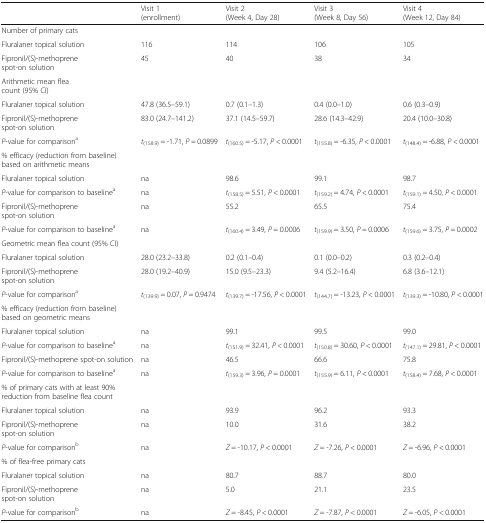
<table><thead><tr><td></td><td><b>Visit 1(enrollment)</b></td><td><b>Visit 2(Week 4, Day 28)</b></td><td><b>Visit 3(Week 8, Day 56)</b></td><td><b>Visit 4(Week 12, Day 84)</b></td></tr></thead><tbody><tr><td colspan="5">Number of primary cats</td></tr><tr><td>Fluralaner topical solution</td><td>116</td><td>114</td><td>106</td><td>105</td></tr><tr><td>Fipronil/(S)-methoprene spot-on solution</td><td>45</td><td>40</td><td>38</td><td>34</td></tr><tr><td colspan="5">Arithmetic mean flea count (95% CI)</td></tr><tr><td>Fluralaner topical solution</td><td>47.8 (36.5–59.1)</td><td>0.7 (0.1–1.3)</td><td>0.4 (0.0–1.0)</td><td>0.6 (0.3–0.9)</td></tr><tr><td>Fipronil/(S)-methoprene spot-on solution</td><td>83.0 (24.7–141.2)</td><td>37.1 (14.5–59.7)</td><td>28.6 (14.3–42.9)</td><td>20.4 (10.0–30.8)</td></tr><tr><td><i>P</i>-value for comparison<sup>a</sup></td><td><i>t</i><sub>(158.9)</sub> = -1.71, <i>P</i> = 0.0899</td><td><i>t</i><sub>(160.5)</sub> = -5.17, <i>P</i> &lt; 0.0001</td><td><i>t</i><sub>(155.8)</sub> = -6.35, <i>P</i> &lt; 0.0001</td><td><i>t</i><sub>(148.4)</sub> = -6.88, <i>P</i> &lt; 0.0001</td></tr><tr><td colspan="5">% efficacy (reduction from baseline) based on arithmetic means</td></tr><tr><td>Fluralaner topical solution</td><td>na</td><td>98.6</td><td>99.1</td><td>98.7</td></tr><tr><td><i>P-</i>value for comparison to baseline<sup>a</sup></td><td>na</td><td><i>t</i><sub>(158.5)</sub> = 5.51, <i>P</i> &lt; 0.0001</td><td><i>t</i><sub>(159.2)</sub> = 4.74, <i>P</i> &lt; 0.0001</td><td><i>t</i><sub>(159.1)</sub> = 4.50, <i>P</i> &lt; 0.0001</td></tr><tr><td>Fipronil/(S)-methoprene spot-on solution</td><td>na</td><td>55.2</td><td>65.5</td><td>75.4</td></tr><tr><td><i>P</i>-value for comparison to baseline<sup>a</sup></td><td>na</td><td><i>t</i><sub>(160.4)</sub> = 3.49, <i>P</i> = 0.0006</td><td><i>t</i><sub>(159.9)</sub> = 3.50, <i>P</i> = 0.0006</td><td><i>t</i><sub>(159.6)</sub> = 3.75, <i>P</i> = 0.0002</td></tr><tr><td colspan="5">Geometric mean flea count (95% CI)</td></tr><tr><td>Fluralaner topical solution</td><td>28.0 (23.2–33.8)</td><td>0.2 (0.1–0.4)</td><td>0.1 (0.0–0.2)</td><td>0.3 (0.2–0.4)</td></tr><tr><td>Fipronil/(S)-methoprene spot-on solution</td><td>28.0 (19.2–40.9)</td><td>15.0 (9.5–23.3)</td><td>9.4 (5.2–16.4)</td><td>6.8 (3.6–12.1)</td></tr><tr><td><i>P</i>-value for comparison<sup>a</sup></td><td><i>t</i><sub>(139.9)</sub> = 0.07, <i>P</i> = 0.9474</td><td><i>t</i><sub>(139.7)</sub> = -17.56, <i>P</i> &lt; 0.0001</td><td><i>t</i><sub>(144.7)</sub> = -13.23, <i>P</i> &lt; 0.0001</td><td><i>t</i><sub>(139.3)</sub> = -10.80, <i>P</i> &lt; 0.0001</td></tr><tr><td colspan="5">% efficacy (reduction from baseline) based on geometric means</td></tr><tr><td>Fluralaner topical solution</td><td>na</td><td>99.1</td><td>99.5</td><td>99.0</td></tr><tr><td><i>P</i>-value for comparison to baseline<sup>a</sup></td><td>na</td><td><i>t</i><sub>(151.9)</sub> = 32.41, <i>P</i> &lt; 0.0001</td><td><i>t</i><sub>(150.8)</sub> = 30.60, <i>P</i> &lt; 0.0001</td><td><i>t</i><sub>(147.1)</sub> = 29.81, <i>P</i> &lt; 0.0001</td></tr><tr><td>Fipronil/(S)-methoprene spot-on solution</td><td>na</td><td>46.5</td><td>66.6</td><td>75.8</td></tr><tr><td><i>P</i>-value for comparison to baseline<sup>a</sup></td><td>na</td><td><i>t</i><sub>(159.3)</sub> = 3.96, <i>P</i> = 0.0001</td><td><i>t</i><sub>(155.9)</sub> = 6.11, <i>P</i> &lt; 0.0001</td><td><i>t</i><sub>(158.4)</sub> = 7.68, <i>P</i> &lt; 0.0001</td></tr><tr><td colspan="5">% of primary cats with at least 90% reduction from baseline flea count</td></tr><tr><td>Fluralaner topical solution</td><td>na</td><td>93.9</td><td>96.2</td><td>93.3</td></tr><tr><td>Fipronil/(S)-methoprene spot-on solution</td><td>na</td><td>10.0</td><td>31.6</td><td>38.2</td></tr><tr><td><i>P</i>-value for comparison<sup>b</sup></td><td>na</td><td><i>Z</i> = -10.17, <i>P</i> &lt; 0.0001</td><td><i>Z</i> = -7.26, <i>P</i> &lt; 0.0001</td><td><i>Z</i> = -6.96, <i>P</i> &lt; 0.0001</td></tr><tr><td colspan="5">% of flea-free primary cats</td></tr><tr><td>Fluralaner topical solution</td><td>na</td><td>80.7</td><td>88.7</td><td>80.0</td></tr><tr><td>Fipronil/(S)-methoprene spot-on solution</td><td>na</td><td>5.0</td><td>21.1</td><td>23.5</td></tr><tr><td><i>P</i>-value for comparison<sup>b</sup></td><td>na</td><td><i>Z</i> = -8.45, <i>P</i> &lt; 0.0001</td><td><i>Z</i> = -7.87, <i>P</i> &lt; 0.0001</td><td><i>Z</i> = -6.05, <i>P</i> &lt; 0.0001</td></tr></tbody></table>